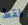
فقط